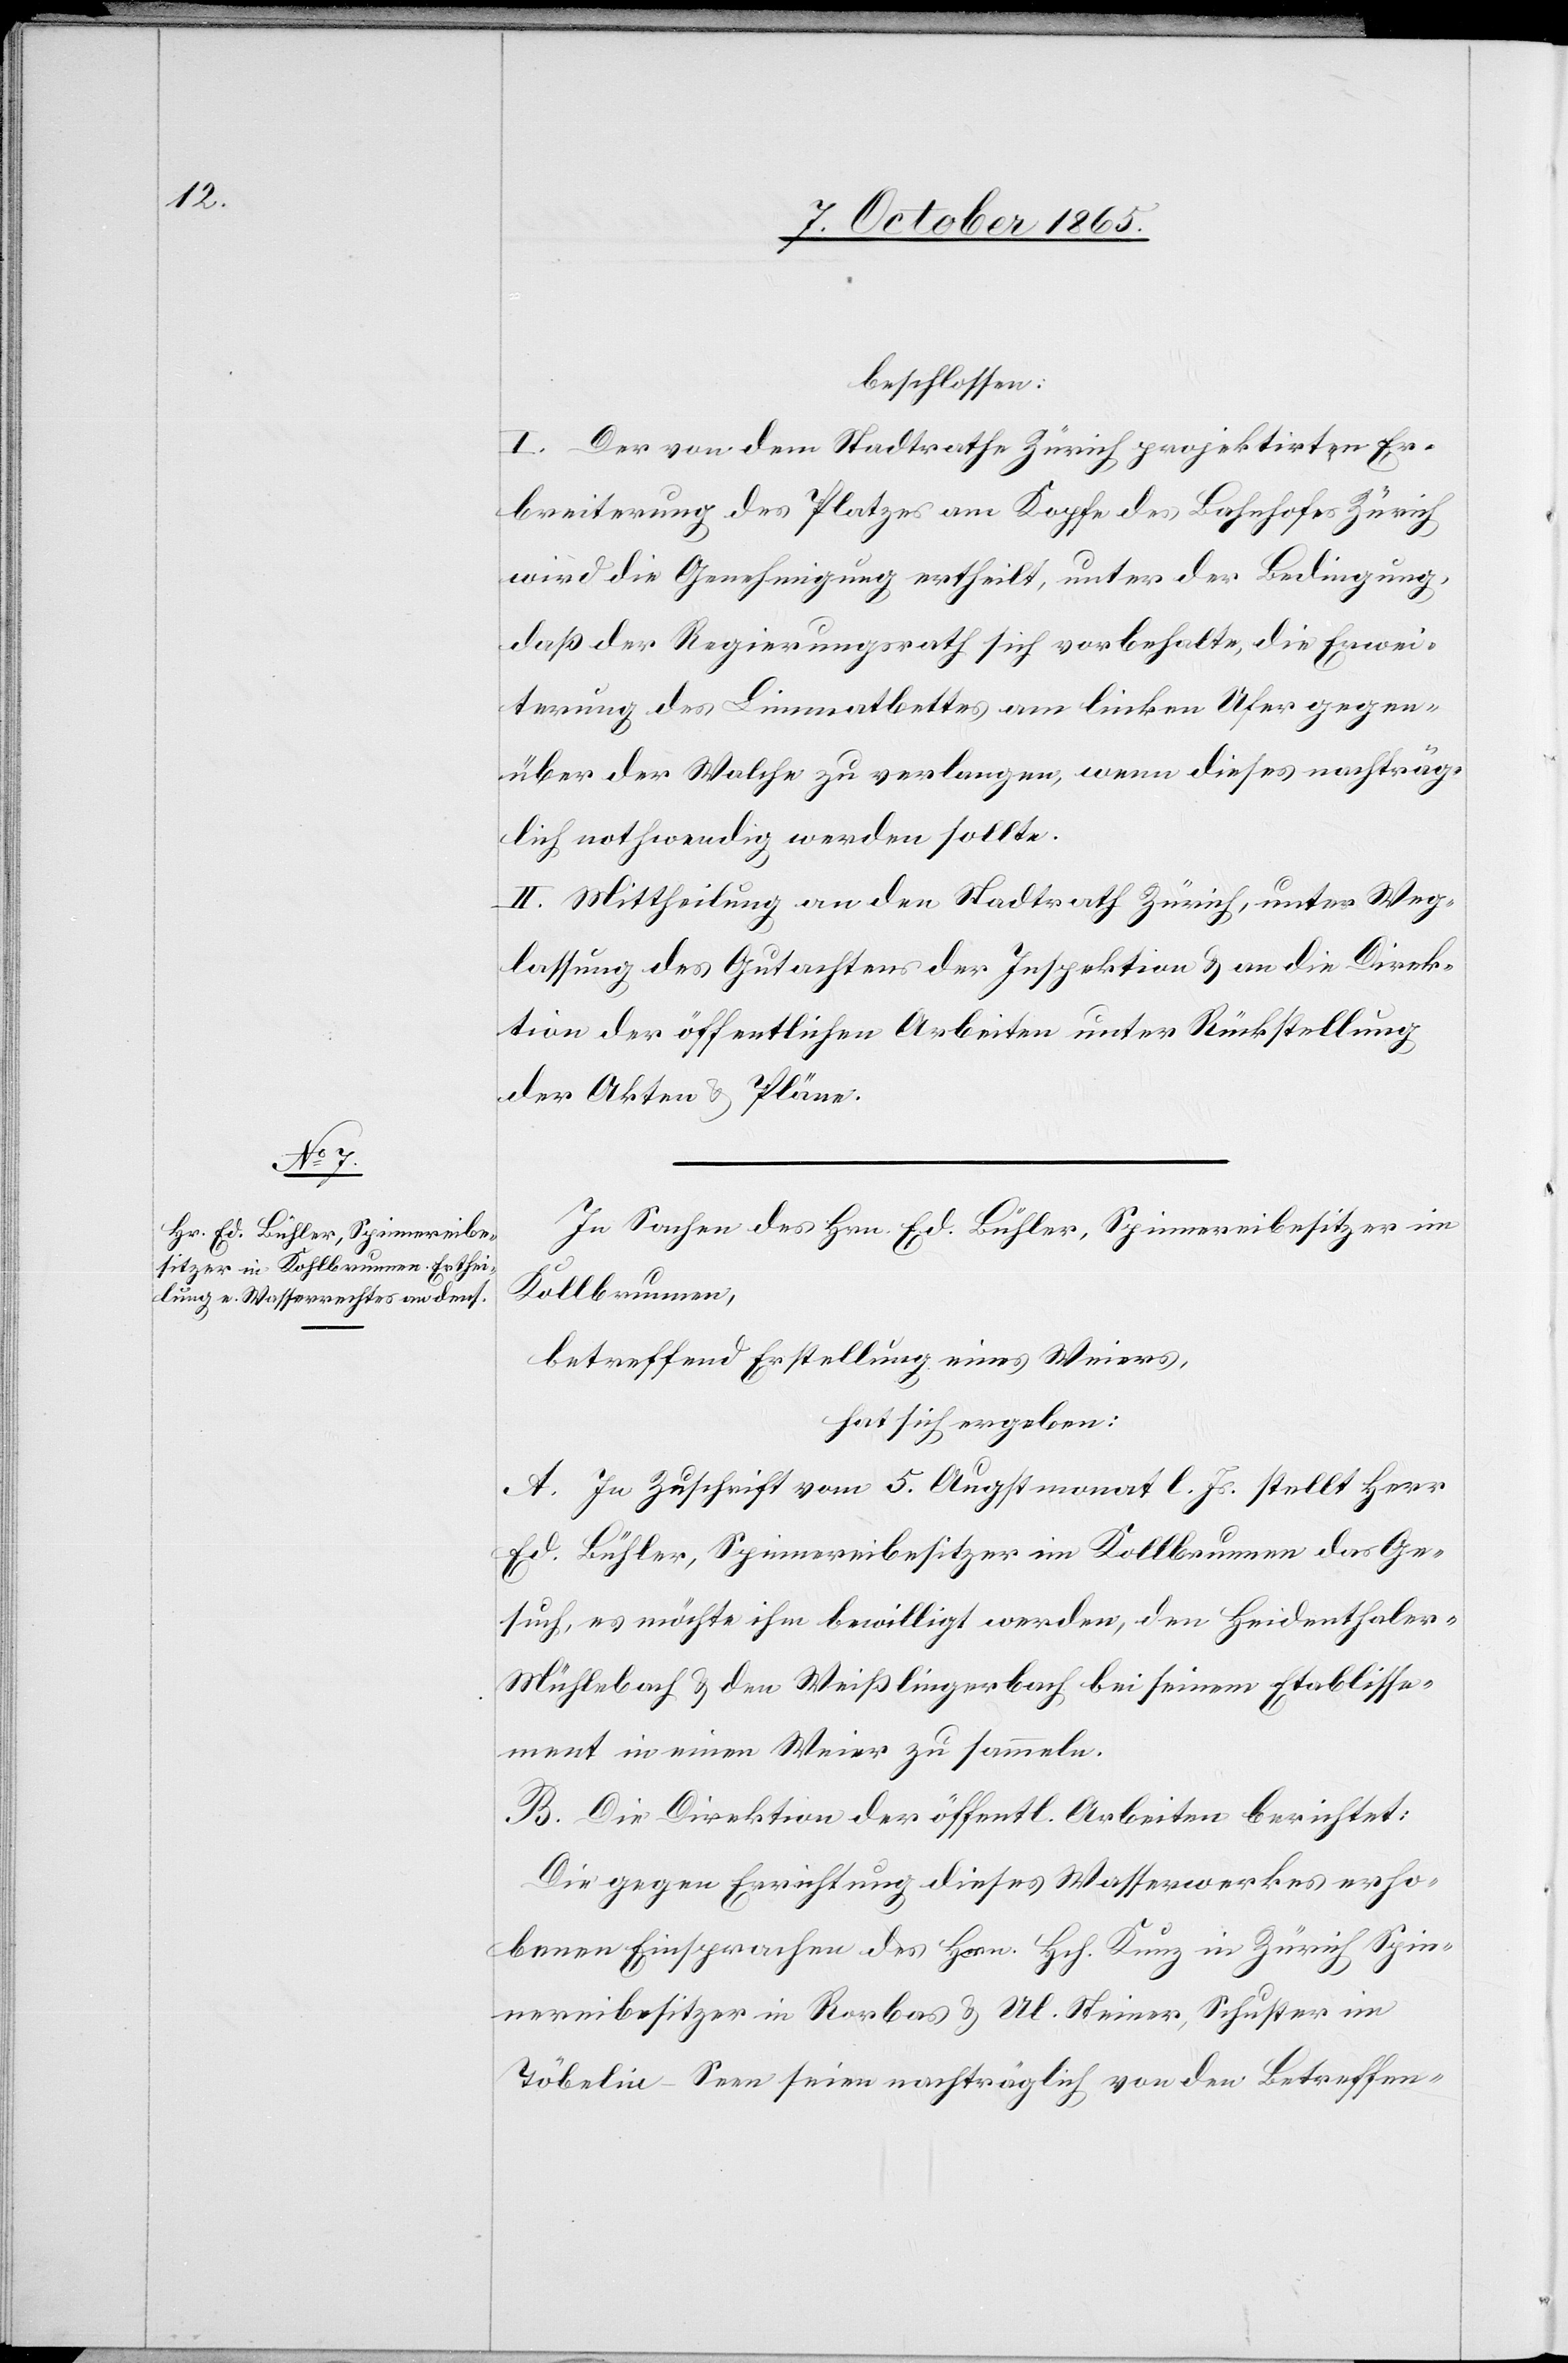
In Sachen des Hrn. Ed. Bühler, Spinnereibesitzer in
Kollbrunnen
betreffend Erstellung eines Weiers,
hat sich ergeben:
A. In Zuschrift vom 5. Augstmonat l. Js. stellt Herr
Ed. Bühler, Spinnereibesitzer in Kollbrunnen das Ge¬
such, es möchte ihm bewilligt werden, den Heidenthale¬
r-Mühlebach & den Weißlingerbach bei seinem Etablisse¬
ment in einen Weier zu sammeln.
B. Die Direktion der öffentl. Arbeiten berichtet:
Die gegen Errichtung dieses Wasserwerkes erho¬
benen Einsprachen des Hrn. Hch. Kunz in Zürich, Spin¬
nereibesitzer in Rorbas & Ul. Steiner, Schuster im
Töbelin - Seen seien nachträglich von den Betreffen-